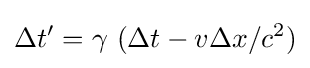
\Delta t'=\gamma \ (\Delta t-v\Delta x/c^{2})